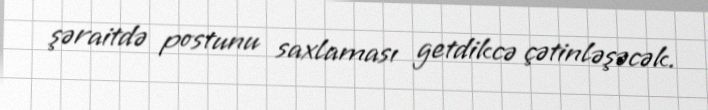
şəraitdə postunu saxlaması getdikcə çətinləşəcək.